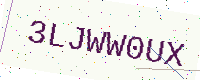
Text: 3LJWW0UX